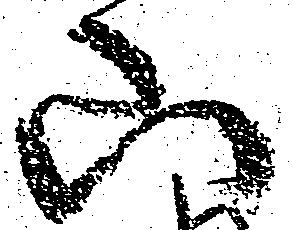
山